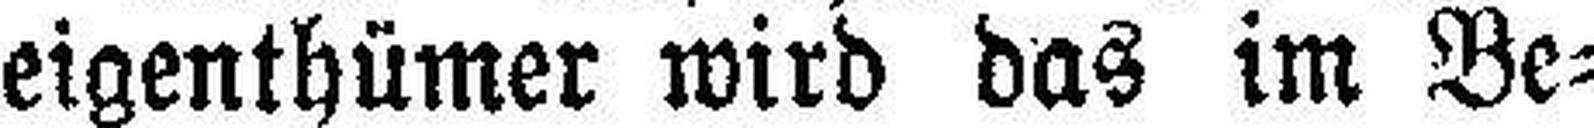
eigenthümer wird das im Be¬